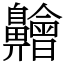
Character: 䶐